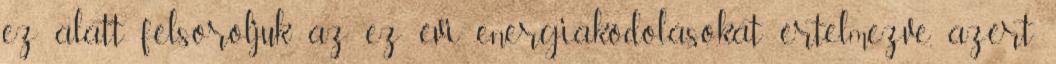
ez alatt felsoroljuk az ez évi energiakódolásokat értelmezve, azért